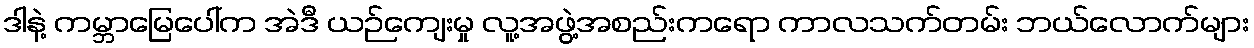
ဒါနဲ့ ကမ္ဘာမြေပေါ်က အဲဒီ ယဉ်ကျေးမှု လူ့အဖွဲ့အစည်းကရော ကာလသက်တမ်း ဘယ်လောက်များ